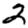
Digit: 2